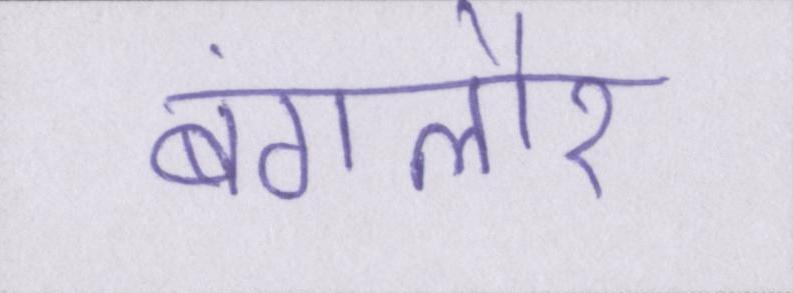
बंगलौर